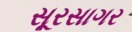
સૂરસાગર